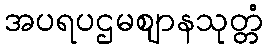
အပရပဌမဈာနသုတ္တံ